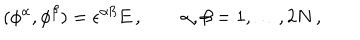
( \phi ^ { \alpha } , \phi ^ { \beta } ) = \epsilon ^ { \alpha \beta } E \, , \qquad \alpha , \beta = 1 , \dots , 2 N \, ,